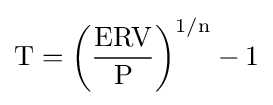
\mathrm {T=\left({\frac {ERV}{P}}\right)^{1/n}-1}